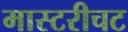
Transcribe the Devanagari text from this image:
मास्टरीचट